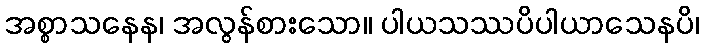
အစ္စာသနေန၊ အလွန်စားသော။ ပါယသဿပိပါယာသေနပိ၊